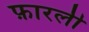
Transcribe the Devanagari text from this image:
फ़ारली